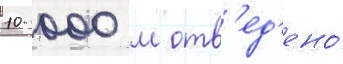
10 000 м отв'ед'ено́